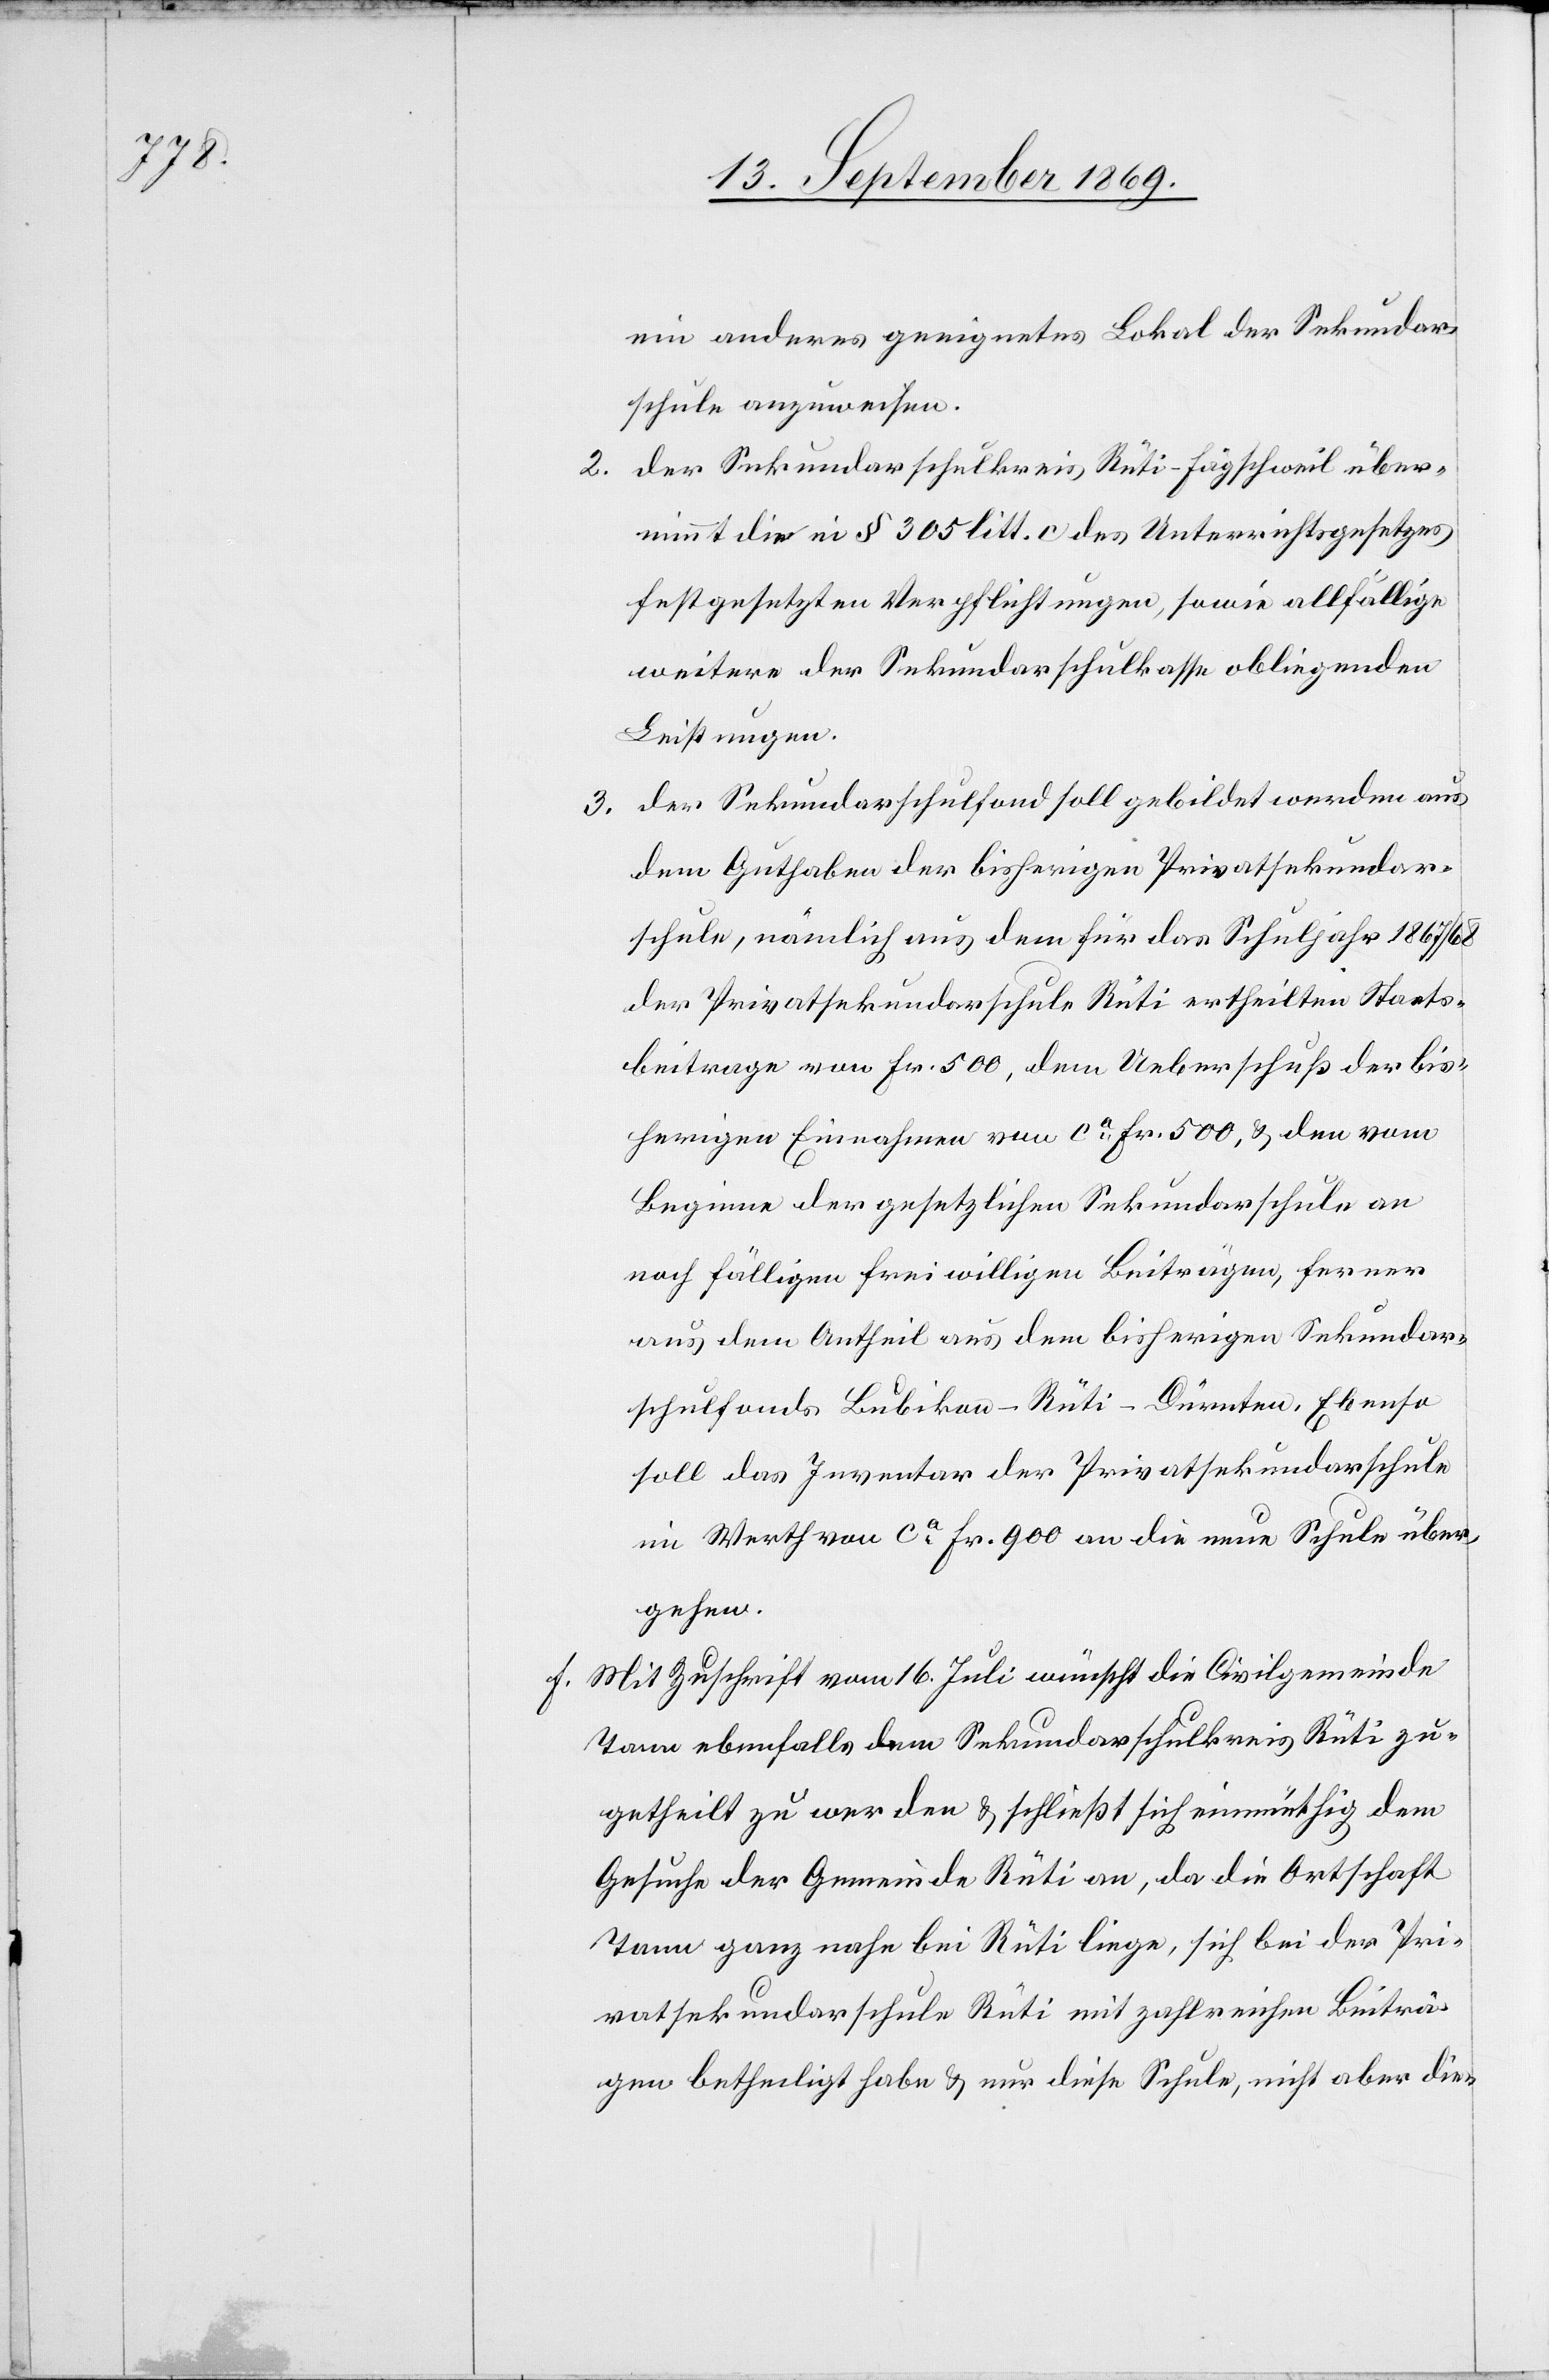
ein anderes geeignetes Lokal der Sekundar¬
schule anzuweisen.
2. der Sekundarschulkreis Rüti-Fägschweil über¬
nimmt die in § 305 litt. c des Unterrichtsgesetzes
festgesetzten Verpflichtungen, sowie allfällige
weitere der Sekundarschulkasse obliegenden
Leistungen.
3. der Sekundarschulfond soll gebildet werden aus
dem Guthaben der bisherigen Privatsekundar¬
schule, nämlich aus dem für das Schuljahr 1867/68
der Privatsekundarschule Rüti ertheilten Staats¬
beitrage von Fr. 500, dem Ueberschuß der bis¬
herigen Einnahmen von ca Fr. 500, & den vom
Beginne der gesetzlichen Sekundarschule an
noch fälligen freiwilligen Beiträgen, ferner
aus dem Antheil aus dem bisherigen Sekundar¬
schulfonds Bubikon-Rüti-Dürnten. Ebenso
soll das Inventar der Privatsekundarschule
im Werth von ca Fr. 900 an die neue Schule über¬
gehen.
f. Mit Zuschrift vom 16. Juli wünscht die Civilgemeinde
Tann ebenfalls dem Sekundarschulkreis Rüti zu¬
getheilt zu werden & schließt sich einmüthig dem
Gesuche der Gemeinde Rüti an, da die Ortschaft
Tann ganz nahe bei Rüti liege, sich bei der Pri¬
vatsekundarschule Rüti mit zahlreichen Beiträ¬
gen betheiligt habe & nur diese Schule, nicht aber die-